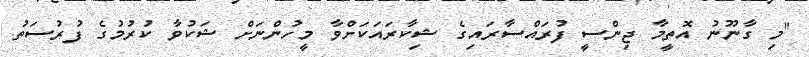
"މި ގާނޫނު އޮތީމާ ޖިންސީ ފުރައްސާރައިގެ ޝިކާރައަކަށްވާ މީހުންނަށް ޝަކުވާ ކުރުމުގެ ފުރުސަތު